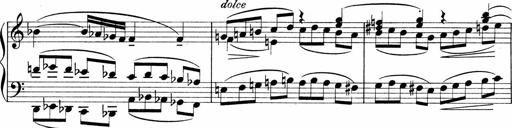
Title: Sonatina No.1
Composer: Otto Stoll
Key: C major